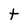
Character: t